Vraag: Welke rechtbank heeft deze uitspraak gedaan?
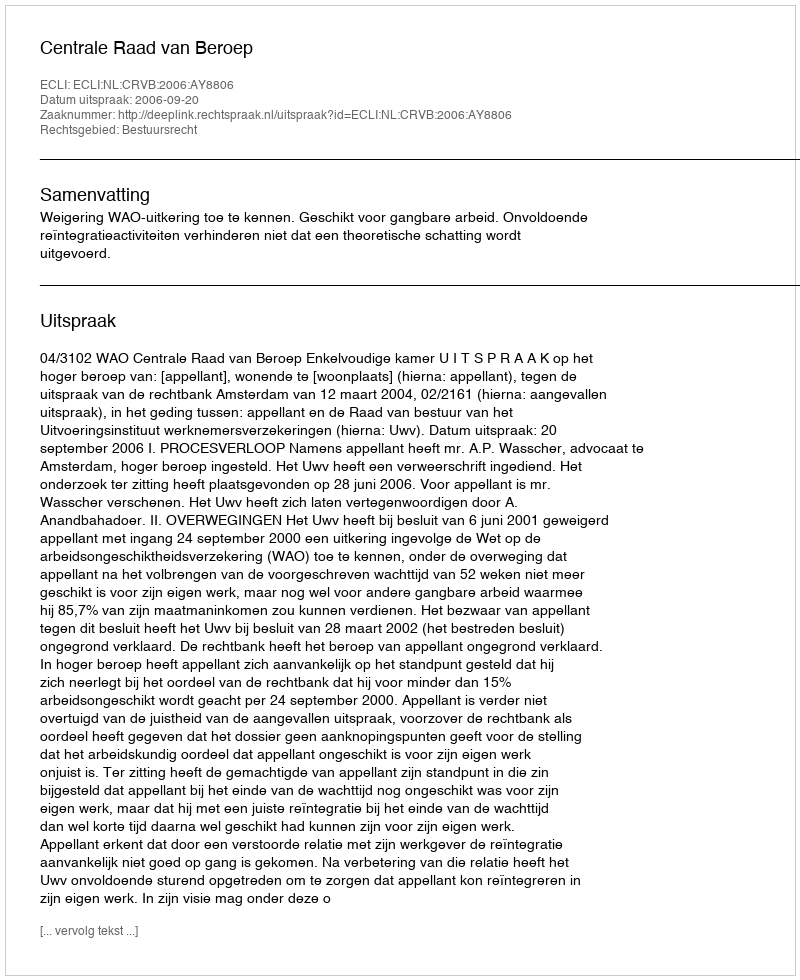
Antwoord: Centrale Raad van Beroep